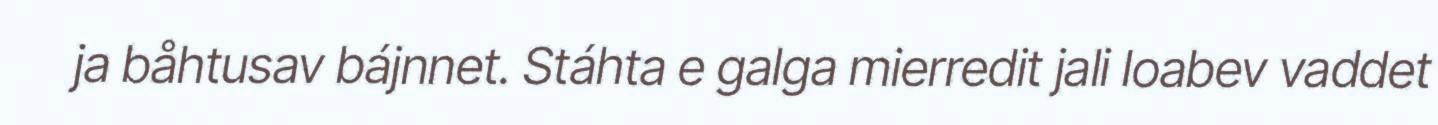
ja båhtusav bájnnet. Stáhta e galga mierredit jali loabev vaddet